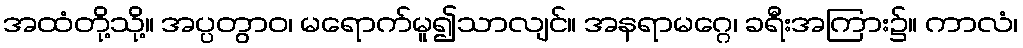
အထံတို့သို့။ အပ္ပတွာဝ၊ မရောက်မူ၍သာလျင်။ အနရာမဂ္ဂေ၊ ခရီးအကြား၌။ ကာလံ၊